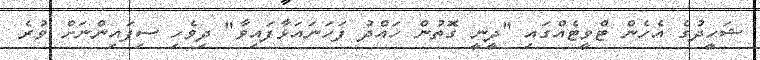
ޝަހީދުގެ އެހެން ޓްވީޓެއްގައި "ދީނީ ގޮތުން ހައްދު ފަހަނައަޅާފައިވާ" ދިވެހި ސިފައިންނަށް ވުރެ